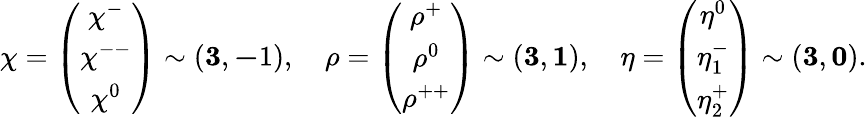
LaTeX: {\mathbf\chi}=\left(\begin{array}{c}{{\chi^{-}}}\\ {{\chi^{--}}}\\ {{\chi^{0}}}\end{array}\right)\sim\left({\mathbf 3},{\mathbf-1}\right),\quad{\mathbf\rho}=\left(\begin{array}{c}{{\rho^{+}}}\\ {{\rho^{0}}}\\ {{\rho^{++}}}\end{array}\right)\sim\left({\mathbf 3},{\mathbf 1}\right),\quad{\mathbf\eta}=\left(\begin{array}{c}{{\eta^{0}}}\\ {{\eta_{1}^{-}}}\\ {{\eta_{2}^{+}}}\end{array}\right)\sim\left({\mathbf 3},{\mathbf 0}\right).